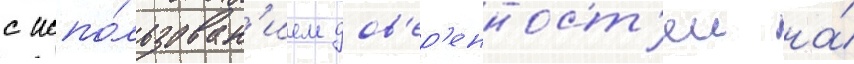
с испо́льзован'ием дов'ер'енност'еи на́